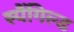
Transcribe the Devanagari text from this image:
स्पैंगिल्ड